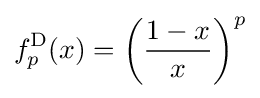
f_{p}^{\mathrm {D} }(x)=\left({\frac {1-x}{x}}\right)^{p}